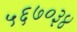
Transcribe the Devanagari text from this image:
५६७०३४